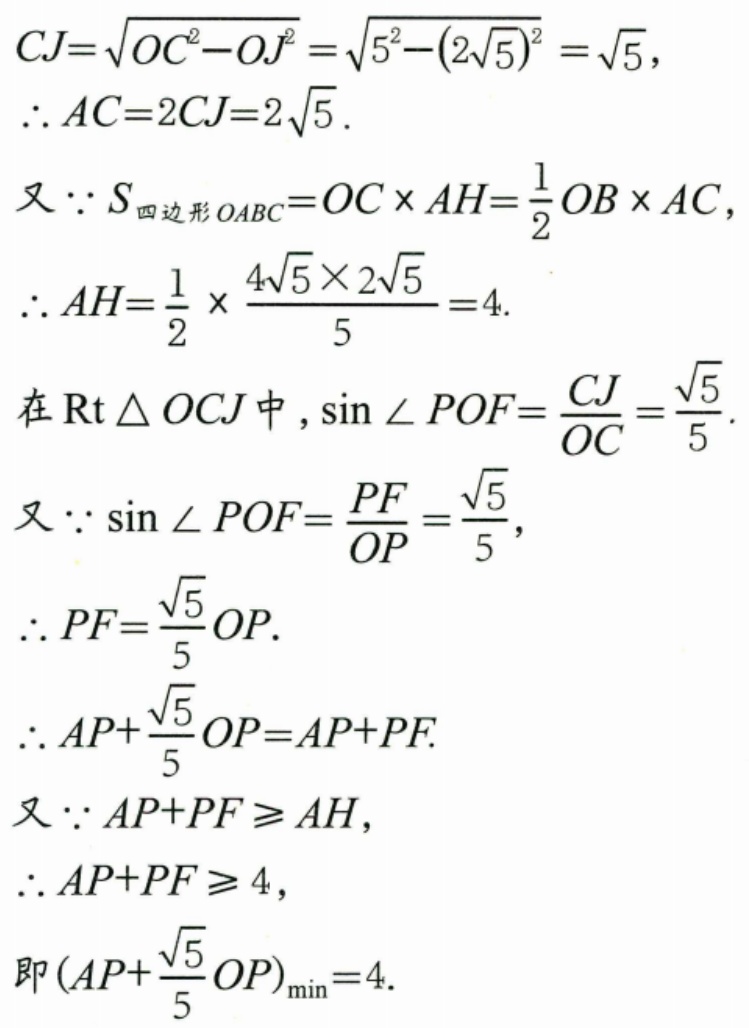
\[
\begin{align*}
CJ&=\sqrt{OC^{2}-OJ^{2}}=\sqrt{5^{2}-(2\sqrt{5})^{2}}=\sqrt{5},\\
\therefore AC&=2CJ = 2\sqrt{5}.\\
\end{align*}
\]
又\(\because S_{四边形OABC}=OC\times AH=\frac{1}{2}OB\times AC\)，
\(\therefore AH=\frac{1}{2}\times\frac{4\sqrt{5}\times2\sqrt{5}}{5}=4\).
在\(\text{Rt}\triangle OCJ\)中，\(\sin\angle POF=\frac{CJ}{OC}=\frac{\sqrt{5}}{5}\).
又\(\because\sin\angle POF=\frac{PF}{OP}=\frac{\sqrt{5}}{5}\)，
\(\therefore PF = \frac{\sqrt{5}}{5}OP\).
\(\therefore AP+\frac{\sqrt{5}}{5}OP=AP + PF\).
又\(\because AP + PF\geqslant AH\)，
\(\therefore AP + PF\geqslant4\)，
即\((AP+\frac{\sqrt{5}}{5}OP)_{\min}=4\).